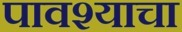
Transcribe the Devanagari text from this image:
पावश्याचा